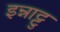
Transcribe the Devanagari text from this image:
इन्नाट्टु